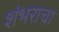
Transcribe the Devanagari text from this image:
शंभराचा